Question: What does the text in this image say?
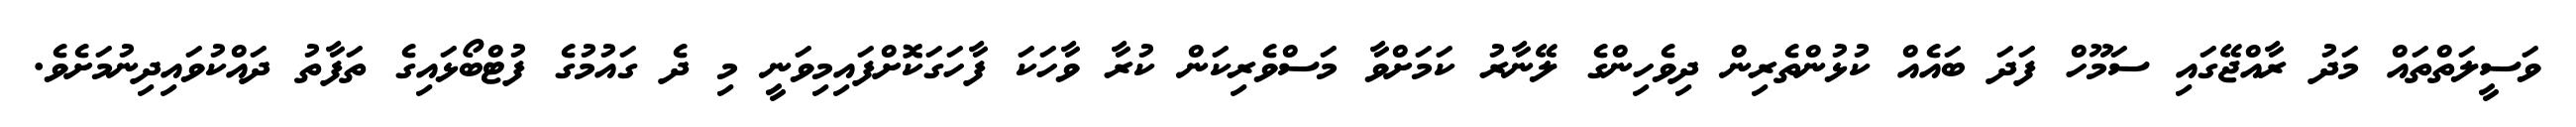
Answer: ވަސީލަތްތައް މަދު ރާއްޖޭގައި ސަމޫހް ފަދަ ބައެއް ކުޅުންތެރިން ދިވެހިންގެ ލޭނާރު ކަމަށްވާ މަސްވެރިކަން ކުރާ ވާހަކަ ފާހަގަކޮށްފައިމިވަނީ މި ދެ ގައުމުގެ ފުޓްބޯޅައިގެ ތަފާތު ދައްކުވައިދިނުމަށެވެ.